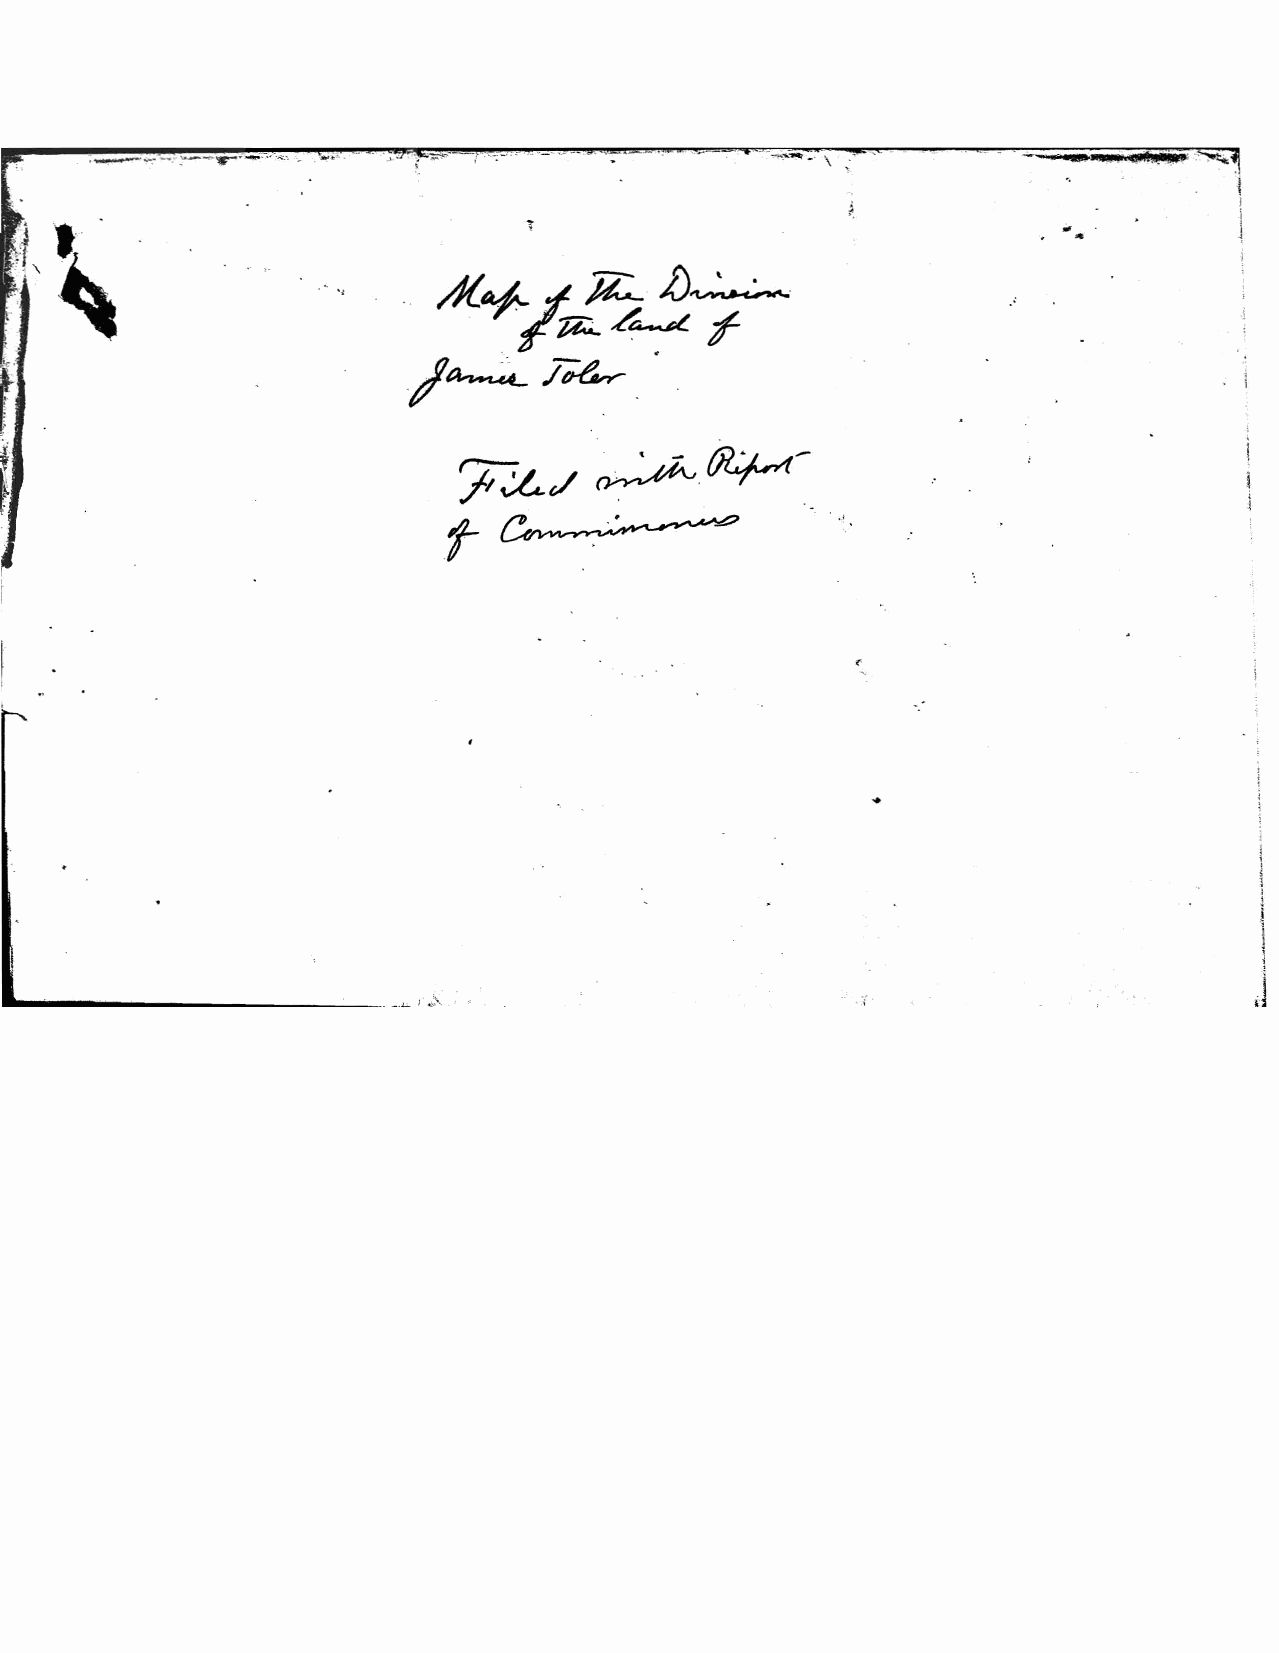
·._~~-- \
 "                         .~
 t                                                                  ..         J
 .­          1
 ,i
 '~                              /~~i~T
 -,
 A{af-
 ~    --  -/.7  .
 .t7~/~
 7/~/~~­
 .t~
 r--
 .
 •
 I
 i
 1
 j
 1
 I
 ~
 I
 J
 ________                    I,S'
 ...:.....--_._.~                   .;